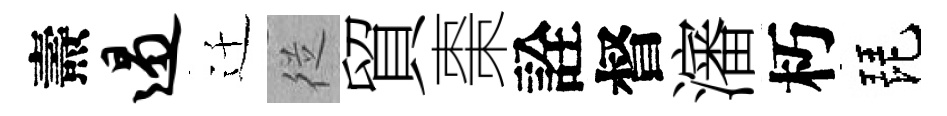
燾遏迁従貿棗詮督瀋朽琵